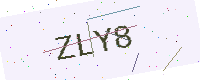
Text: ZLY8